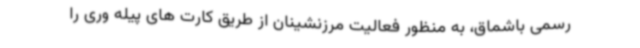
رسمی باشماق، به منظور فعالیت مرزنشینان از طریق کارت های پیله وری را